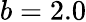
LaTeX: b=2.0